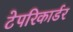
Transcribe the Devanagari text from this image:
टेपरिकार्डर